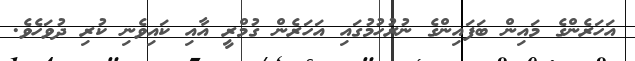
އަހަރެންގެ މައިން ބަފައިންގެ ނުރުހުމުގައި އަހަރެން ގުމްރީ އާއި ކައިވެނި ކުރި ދުވަހެވެ.